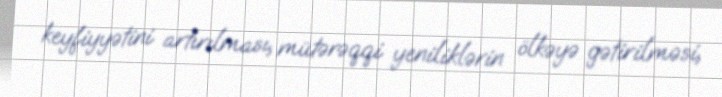
keyfiyyətini artırılması, mütərəqqi yeniliklərin ölkəyə gətirilməsi,